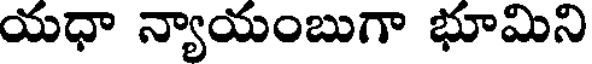
యధా న్యాయంబుగా భూమిని